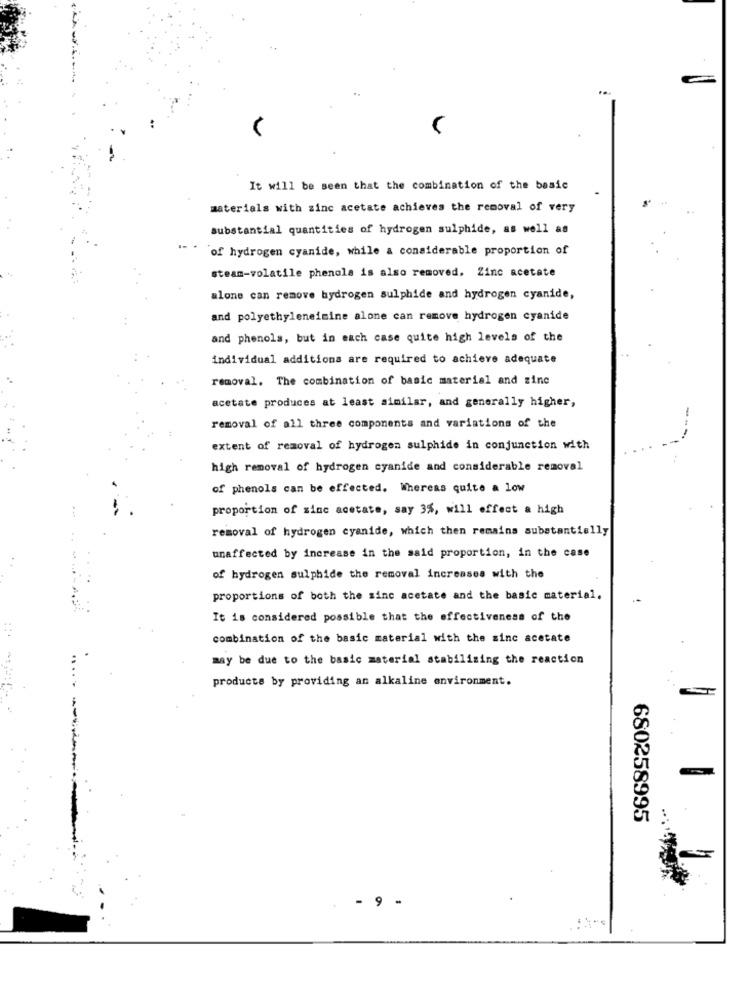
...
V
It will be seen that the combination of the basic
materials with zinc acetate achieves the removal of very
substantial quantities of hydrogen sulphide, as well as
..
"of hydrogen cyanide, while a considerable proportion of
steam-volatile phenols is also removed, Zinc acetate
alone can remove hydrogen sulphide and hydrogen cyanide,
and polyethyleneimine alone can remove hydrogen cyanide
and phenols, but in each case quite high levels of the
individual additions are required to achieve adequate
removal. The combination of basic material and zinc
acetate produces at least similar, and generally higher,
removal of all three components and variations of the
extent of removal of hydrogen sulphide in conjunction with
high removal of hydrogen cyanide and considerable removal
of phenols can be effected. Whereas quite a low
proportion of sine acetate, say 3%, will effect a high
removal of hydrogen cyanide, which then remains substantially
unaffected by increase in the said proportion, in the case
of hydrogen sulphide the removal increases with the
proportions of both the sinc acetate and the basic material.
It is considered possible that the effectiveness of the
combination of the basic material with the sinc acetate
may be due to the basic material stabilizing the reaction
products by providing an alkaline environment.
680258995
- 9 -